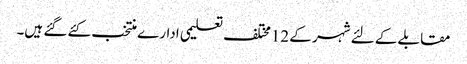
مقابلے کے لئے شہر کے 12مختلف تعلیمی ادارے منتخب کئے گئے ہیں۔